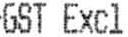
GST EXCL